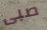
صبى